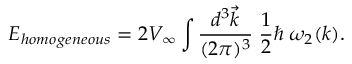
E _ { \small h o m o g e n e o u s } = 2 V _ { \infty } \int { \frac { d ^ { 3 } \vec { k } } { ( 2 \pi ) ^ { 3 } } } \; { \frac { 1 } { 2 } } \hbar \; \omega _ { 2 } ( k ) .